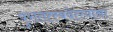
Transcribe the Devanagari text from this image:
पुरातत्त्ववेत्त्यांना